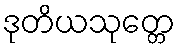
ဒုတိယသုတ္တေ